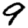
Digit: 9